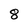
Character: 8